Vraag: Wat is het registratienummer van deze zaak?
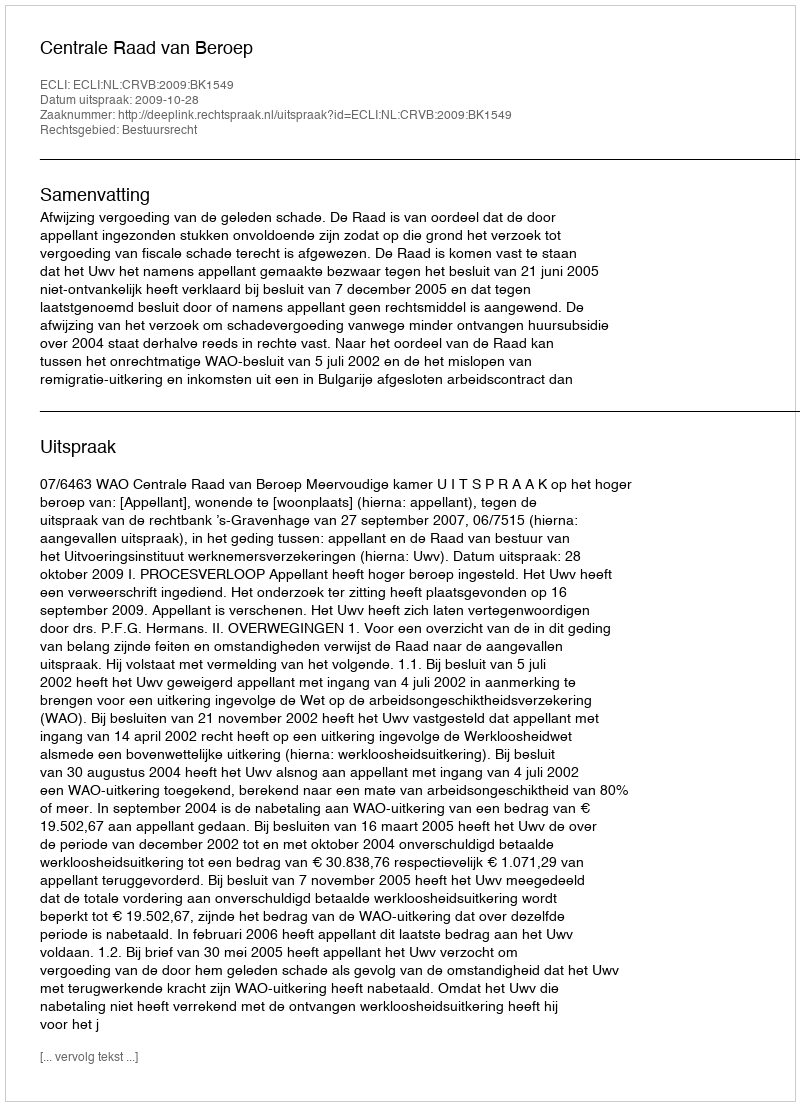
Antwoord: http://deeplink.rechtspraak.nl/uitspraak?id=ECLI:NL:CRVB:2009:BK1549